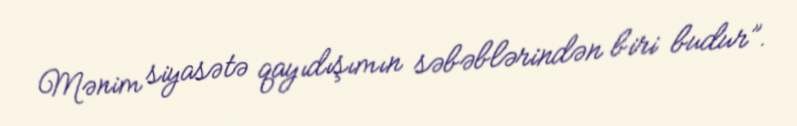
Mənim siyasətə qayıdışımın səbəblərindən biri budur”.